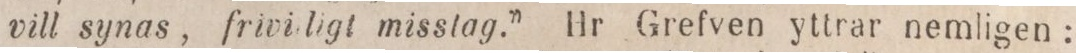
vill synas, frivi ligt misstag.” Hr Grefven yttrar nemligen: